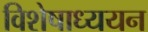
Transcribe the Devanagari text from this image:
विशेषाध्ययन